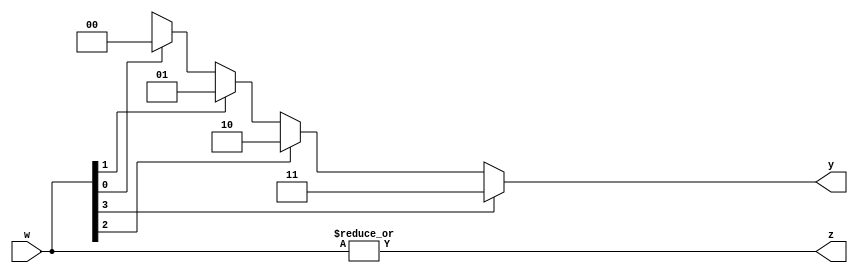
`timescale 1ns / 1ps
//////////////////////////////////////////////////////////////////////////////////
// Company: 
// Engineer: 
// 
// Design Name: 
// Module Name: priority_encoder_generic
// Project Name: 
// Target Devices: 
// Tool Versions: 
// Description: 
// 
// Dependencies: 
// 
// Revision:
// Revision 0.01 - File Created
// Additional Comments:
// 
//////////////////////////////////////////////////////////////////////////////////


module priority_encoder_generic
    #(parameter n =4)
    (
    input [n-1:0]w,
    output z,
    output reg [$clog2(n)-1:0]y
    );
    assign z =|w;
    integer k;
    always @ (w)
    begin
        y ='bx;
        for (k=0;k<n;k=k+1)
        begin
            if (w[k])
                y=k;
        end
        
    end
endmodule